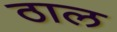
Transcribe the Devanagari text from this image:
ठाल